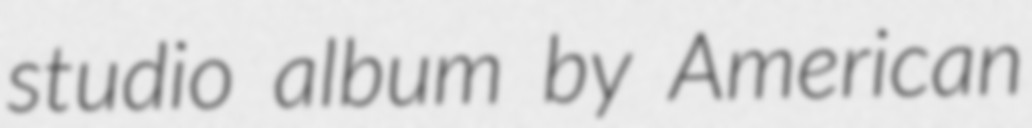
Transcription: studio album by American